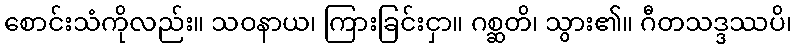
စောင်းသံကိုလည်း။ သဝနာယ၊ ကြားခြင်းငှာ။ ဂစ္ဆတိ၊ သွား၏။ ဂီတသဒ္ဒဿပိ၊